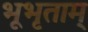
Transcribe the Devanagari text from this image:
भूभृताम्